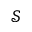
\mathcal S